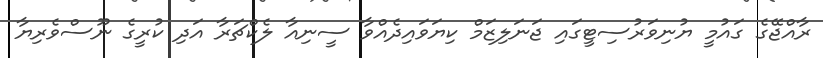
ރާއްޖޭގެ ގައުމީ ޔުނިވަރުސިޓީގައި ޖަނަލިޒަމް ކިޔަވައިދެއްވާ ސީނިއާ ލެކްޗަރާ އަދި ކުރީގެ ނޫސްވެރިޔާ